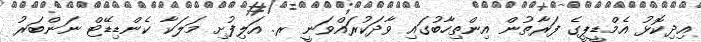
އިދިކޮޅު އެމްޑީޕީގެ ފަރާތުން އިންތިހާބުގައި ވާދަކުރައްވަނީ ރ. އަލިފުށި މަލަކާ ކެންޑިޑޭޓް ނަންބަރު